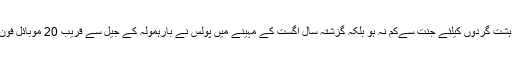
بہر حال یہ کوئی واحد جیل نہیں ہے جو دہشت گردوں کیلئے جنت سےکم نہ ہو بلکہ گزشتہ سال اگست کے مہینے میں پولس نے بارہمولہ کے جیل سے قریب 20 موبائل فون اور دیگر دھماکہ خیز مواد برآمد کیا تھا۔